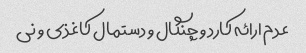
عدم ارائه کارد و چنگال و دستمال کاغذی و نی